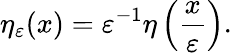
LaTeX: \eta_{\varepsilon}(x)=\varepsilon^{-1}\eta\left({\frac{x}{\varepsilon}}\right).